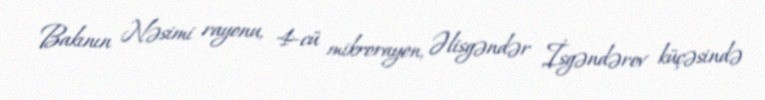
Bakının Nəsimi rayonu, 4-cü mikrorayon, Əlisgəndər İsgəndərov küçəsində